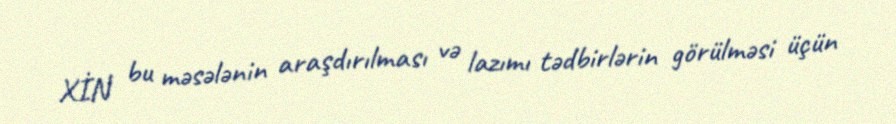
XİN bu məsələnin araşdırılması və lazımı tədbirlərin görülməsi üçün